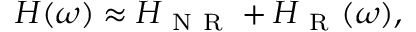
\begin{array} { r } { H ( \omega ) \approx H _ { \mathrm { ~ N ~ R ~ } } + H _ { \mathrm { ~ R ~ } } ( \omega ) , } \end{array}